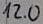
Text: 12.0